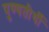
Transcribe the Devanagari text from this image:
पुण्यतीर्थी